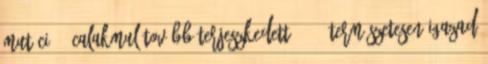
mutáció? "Calakmul tovább terjeszkedett . . . Természetesen igazad